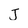
Character: J